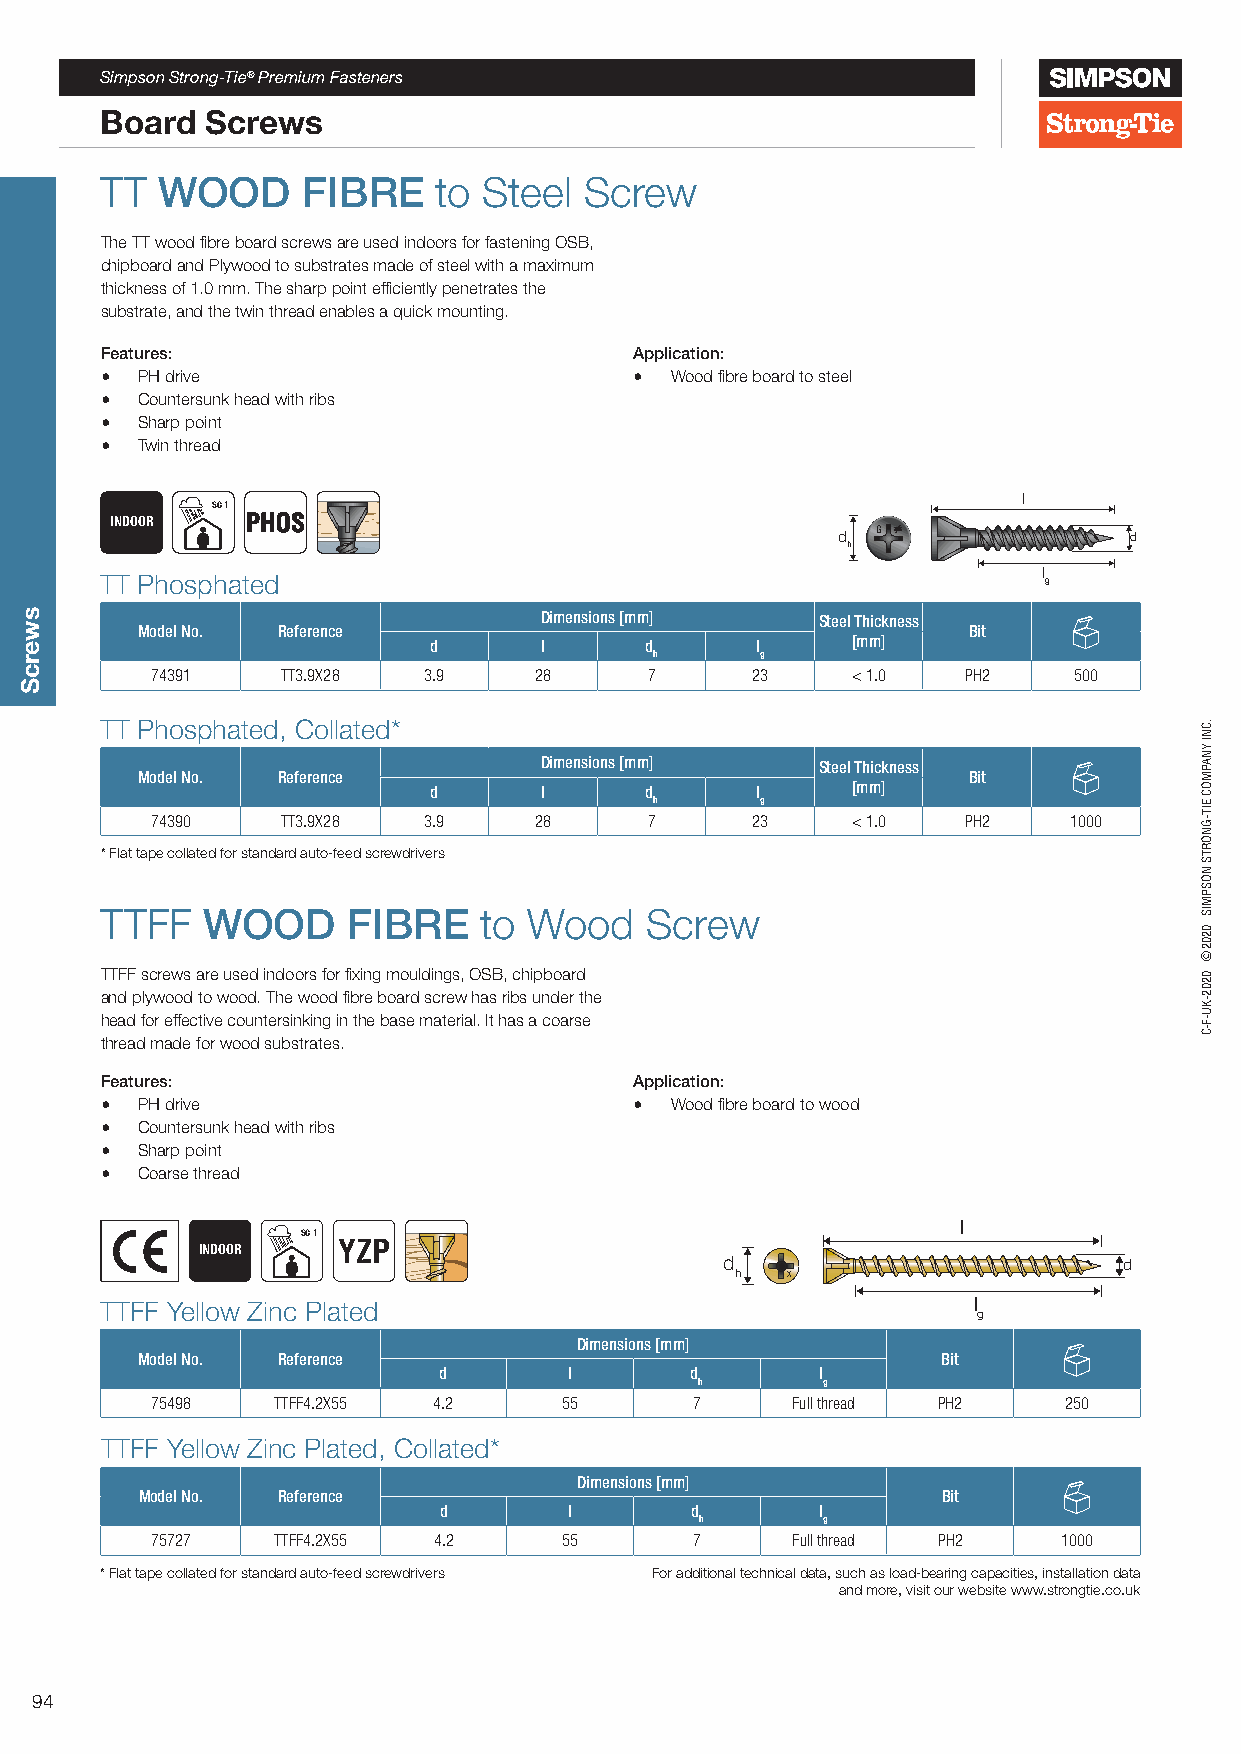
Simpson Strong-Tie® Premium Fasteners
 Board  Screws
 TT WOOD      FIBRE    to Steel  Screw
 The TT wood fibre board screws are used indoors for fastening OSB,
 chipboard and Plywood to substrates made of steel with a maximum
 thickness of 1.0 mm. The sharp point efficiently penetrates the
 substrate, and the twin thread enables a quick mounting.
 Features:                          Application:
 • PH drive                         • Wood fibre board to steel
 • Countersunk head with ribs
 • Sharp point
 • Twin thread
 l
 SC 1
 INDOOR   PHOS
 d  G                d
 h
 l
 TT Phosphated                                                 g
 Dimensions [mm]   Steel Thickness
 Model No. Reference                                    Bit
 d       l      d      l     [mm]
 h      g
 74391    TT3.9X28 3.9    28      7      23    < 1.0   PH2    500
 TT Phosphated, Collated*
 Dimensions [mm]   Steel Thickness
 Model No. Reference                                    Bit
 d       l      d      l     [mm]
 h      g
 74390    TT3.9X28 3.9    28      7      23    < 1.0   PH2    1000
 * Flat tape collated for standard auto-feed screwdrivers
 TTFF  WOOD      FIBRE    to Wood    Screw
 TTFF screws are used indoors for fixing mouldings, OSB, chipboard
 and plywood to wood. The wood fibre board screw has ribs under the
 head for effective countersinking in the base material. It has a coarse
 thread made for wood substrates.
 Features:                          Application:
 • PH drive                         • Wood fibre board to wood
 • Countersunk head with ribs
 • Sharp point
 • Coarse thread
 l
 SC 1
 INDOOR   YZP
 d                         d
 h  X
 TTFF Yellow Zinc Plated                                  l
 g
 Dimensions [mm]
 Model No. Reference                                  Bit
 d        l       d       l
 h       g
 75498   TTFF4.2X55 4.2     55       7     Full thread PH2   250
 TTFF Yellow Zinc Plated, Collated*
 Dimensions [mm]
 Model No. Reference                                  Bit
 d        l       d       l
 h       g
 75727   TTFF4.2X55 4.2     55       7     Full thread PH2   1000
 * Flat tape collated for standard auto-feed screwdrivers For additional technical data, such as load-bearing capacities, installation data
 and more, visit our website www.strongtie.co.uk
 94
 swercS
 GG
 X
 G
 .CNI
 YNAPMOC
 EIT-GNORTS
 NOSPMIS
 0202©
 0202-KU-F-C